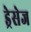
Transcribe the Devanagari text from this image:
ड्रेसेज